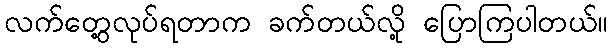
လက်တွေ့လုပ်ရတာက ခက်တယ်လို့ ပြောကြပါတယ်။